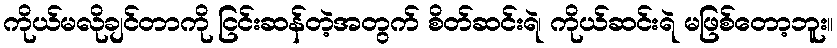
ကိုယ်မလိုချင်တာကို ငြင်းဆန်တဲ့အတွက် စိတ်ဆင်းရဲ၊ ကိုယ်ဆင်းရဲ မဖြစ်တော့ဘူး။